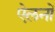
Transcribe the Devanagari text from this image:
ऐलनों